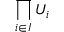
\prod _ { i \in I } U _ { i }